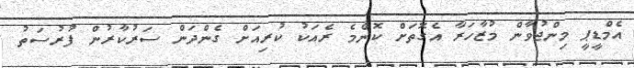
އެމްޑީޕީ މިންޖުވާން މުޒާހަރާ އެގޮތަށް ކޮންމެ ރެއަކު ކުރިއަށް ގެންދަން ސަރުކާރުން ފުރުސަތު